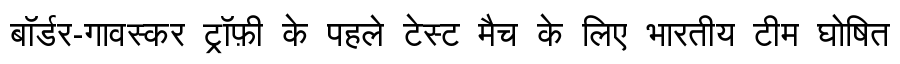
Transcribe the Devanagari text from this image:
बॉर्डर-गावस्कर ट्रॉफ़ी के पहले टेस्ट मैच के लिए भारतीय टीम घोषित